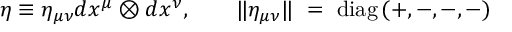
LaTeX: \eta \equiv \eta _ { \mu \nu } d x ^ { \mu } \otimes d x ^ { \nu } , \qquad \| \eta _ { \mu \nu } \| ~ = ~ \mathrm { d i a g } \, ( + , - , - , - )